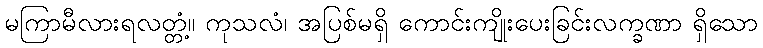
မကြာမီလားရလတ္တံ့။ ကုသလံ၊ အပြစ်မရှိ ကောင်းကျိုးပေးခြင်းလက္ခဏာ ရှိသော